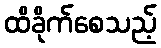
ထိခိုက်စေသည့်